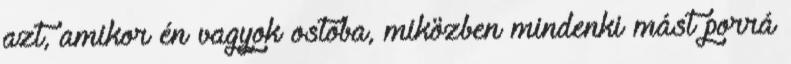
azt, amikor én vagyok ostoba, miközben mindenki mást porrá